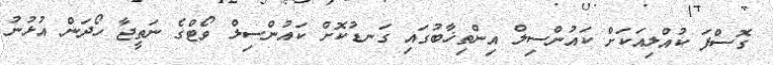
ގޮސްފަ ކުއްލިއަކަށް ކައުންސިލް އިންތިޚާބުގައި ގަނޑުކޮށް ކައުންސިލް ވޯޓްގެ ނަތީޖާ ހޯދަން އުޅުނު